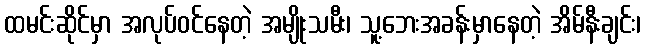
ထမင်းဆိုင်မှာ အလုပ်ဝင်နေတဲ့ အမျိုးသမီး၊ သူ့ဘေးအခန်းမှာနေတဲ့ အိမ်နီးချင်း၊